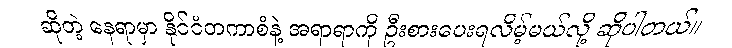
ဆိုတဲ့ နေရာမှာ နိုင်ငံတကာစံနဲ့ အရာရာကို ဦးစားပေးရလိမ့်မယ်လို့ ဆိုပါတယ်။